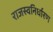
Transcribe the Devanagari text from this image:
राजस्वनिर्धारण